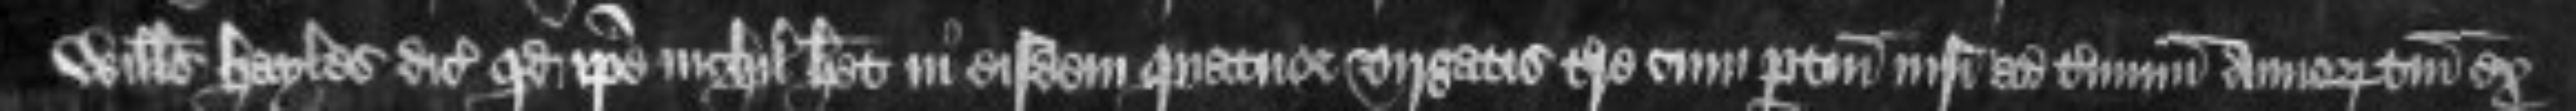
Willelmus Hayles dicit quod ipse nichil habet in eisdem quatuor virgatis terre cum pertinenciis nisi ad terminum annorum tantum ex